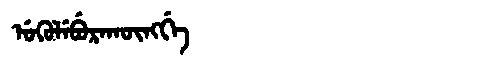
Manchu: ᡠᡴᡠᠯᡝᠪᡠᡵᠠᡴᡡᠩᡤᡝ
Romanization: UKULEBURAKŪNGGE